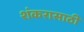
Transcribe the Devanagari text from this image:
शंकरासाठी